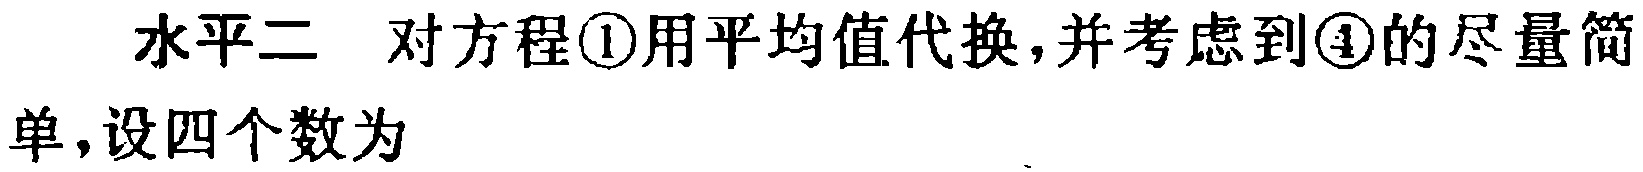
水平二 对方程\textcircled{1}用平均值代换,并考虑到\textcircled{4}的尽量简单,设四个数为